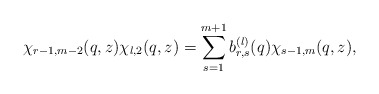
\begin{align*}\chi_{r-1,m-2}(q,z)\chi_{l,2}(q,z)=\sum_{s=1}^{m+1}b_{r,s}^{(l)}(q)\chi_{s-1,m}(q,z),\end{align*}